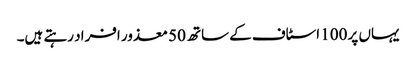
یہاں پر 100 اسٹاف کے ساتھ 50 معذور افراد رہتے ہیں۔